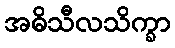
အဓိသီလသိက္ခာ